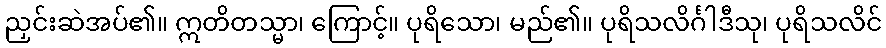
ညှင်းဆဲအပ်၏။ ဣတိတသ္မာ၊ ကြောင့်။ ပုရိသော၊ မည်၏။ ပုရိသလိင်္ဂါဒီသု၊ ပုရိသလိင်